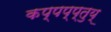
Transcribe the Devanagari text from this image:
कप्पप्प्तुय्